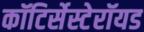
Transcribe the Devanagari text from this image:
कॉटिर्सेस्टेरॉयड